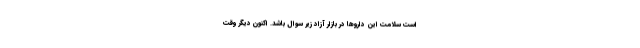
است سلامت این داروها در بازار آزاد زیر سوال باشد. اکنون دیگر وقت